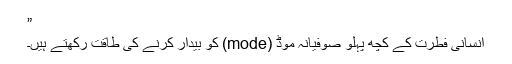
”
انسانی فطرت کے کچھ پہلو صوفیانہ موڈ (mode) کو بیدار کرنے کی طاقت رکھتے ہیں۔